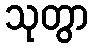
သုတွာ